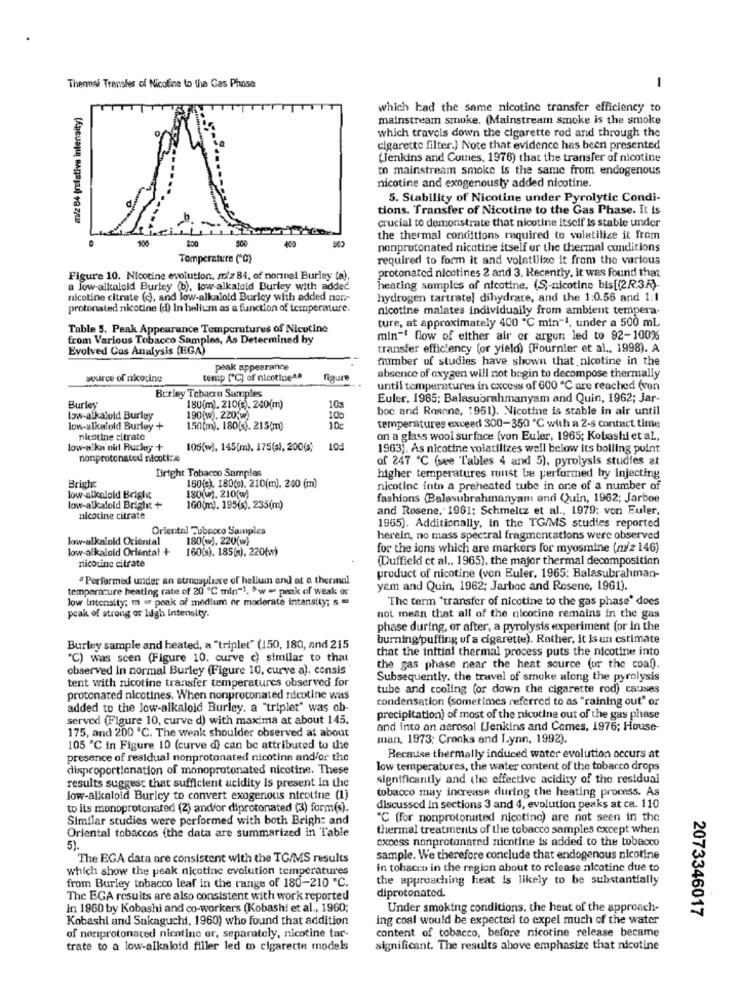
Thermal Transfer of Nicoline to the Gas Phase
-
m/2 84 (relative intensity)
which had the same nicotine transfer efficiency to
mainstream smuke. (Mainstream smoke is the smoke
which travels down the cigarette rod and through the
cigarette filter.) Note that evidence has been presented
(Jenkins and Cuines, 1976) that the transfer of nicotine
to mainstream smoke is the same from endogenous
nicotine and exogenously added nicotine.
5. Stability of Nicotine under Pyrolytic Condi-
tions. Transfer of Nicotine to the Gas Phase. It is
crucial to demonstrate that nicotine itself Is stable under
100
500
the thermal conditions required to volatilize it from
200
400
nonprotonated nicotine itself ur the thermal conditions
Temperature ("℃)
required to form it and volatilize it from the various
protonated nicetines 2 and 3. Recently, it was Found that
Figure 10. Nicotine evolution. m'z 84, of normal Burley (a)
a low-alkaloid Burley (b), low alkaloid Burley with added
heating samples of nicotine, (S ,- nicotine bis[(2R.3R).
nicotine citrate (c), and low-alkalold Burley with added norr
hydrogen tartrate] dihydrate, and the 1:0.56 and 1:1
protonasted nicotine (d) in helium as a function of temperature.
nicotine malates individually from ambient tempera-
ture, at approximately 400 ℃ min"1, under a 500 mL
Table 5, Peak Appearance Temperatures of Nicotine
from Various Tobacco Samples, As Determined by
min"' flow of either air or argon led to 92-100%
Evolved Cas Analysis (EGA)
transfer efficiency (or yield) {Fournier et al ., 1998). A
number of studies have shown that nicotine in the
peak appearance
source of nicotine
temp ["℃) of nicotine".
figure
absence of oxygen will not begin to decompose thermally
Berley Tobacru Samples
until temperatures in excess of 600 ℃ are reached (von
Euler. 1965; Balasubrahmanyam and Quin, 1962; Jar-
Burley
180(m), 210(s). 240(m)
boc and Rosene, 1951). Nicotine is stable in air until
low-alkaloid Burley
190 [w). 220(w)
10b
low-alkalold Burley +
150(m). 180(s). 215(m)
temperatures exceed 300-350 ℃ with a 2-s contact time
nicotine citrate
FOT
on a glass wool surface (von Euler, 1965; Kobashi et al .,
low-alka nid Burley +
105(w), 145(m), 175(s), 200(s)
1963). As nicotine volatilizes well below its boiling point
nonprotonated nicoti: &
of 247 ℃ (see 'Tables 4 and 5), pyrolysis studies at
Bright Tobacco Samples
higher temperatures must be performed by injecting
Bright
180(7).210(w)
150(s). 180(s). 210(m). 240 (m)
nicotine into a preheated tube in one of a number of
low-alkaloid Bright
fashions (Balasubrahmanyam and Quin, 1962; Jarboe
low-alkaloid Bright +
160(m). 195(s). 235(m)
and Rosene, 1961; Schmeltz et al ., 1979; von Euler,
nicotine citrate
Oriental Tobacco Samples
1965). Additionally, in the TG/MS studies reported
low-alkaloid Oriental
180(w), 220(w)
herein, no mass spectral fragmentations were observed
low-alkaloid Oriental +
160(s). 185(s). 220()
for the ions which are markers for myosmine (m/z 146)
(Duffield ct al .. 1965). the major thermal decomposition
nicotine citrate
· Performed under an atmosphere of hellum and at a thermal
product of nicotine (von Euler. 1965: Balasubrahman-
temperature heating rate of 20 ℃ min"1. ºw = prak of weak or
yem and Quin, 1962; Jarbac and Rosene, 1961).
low Intensity; m = peak of medium or moderate intensity; s
The term "transfer of nicotine to the gas phase' does
peak of strong or high Intensity.
not mean that all of the nicotine remains in the gas
phase during, or after, a pyrolysis experiment (or in the
burning/puffing uf a cigarette). Rather, it is an estimate
Burley sample and heated, a "triplet" (150, 180, and 215
that the initial thermal process puts the nicotine into
"℃) was scen (Figure 10. curve c) similar to that
observed In normal Burley (Figure 10, curve a). consis
the gas phase near the heat source (or the coaf).
tent with nicotine transfer temperaturcs observed for
Subsequently. the travel of smoke along the pyrolysis
tube and cooling (or down the cigarette rod) causes
protonated nicotines. When nonprotonated nicotine was
condensation (sometimes referred to as "raining out" or
added to the low-alkaloid Burley, a "triplet" was ab-
served (Figure 10, curve d) with maxima at about 145.
precipitation) of most of the nicotine out of the gas phase
175, and 200 ℃. The weak shoulder observed at about
and into an aerosol (Jenkins and Comes, 1976; House-
man, 1973; Cronks and Lynn, 1992).
105 ℃ in Figure 10 (curve di can be attributed to the
presence of residual nonprotonated nicotine and/or the
Because thermally induced water evolution occurs at
disproportionation of monoprotonated nicotine. These
low temperatures, the water content of the tobacco drops
significantly and the effective acidity of the residual
results suggest that sufficient acidity is present In the
tobacco may increase during the heating process. As
low-alkaloid Burley to convert exogenous nicotine (1)
to its monoprotonated (2) and/or diprotonated (3) form(s).
discussed In sections 3 and 4, evolution peaks at ca. 110
Similar studies were performed with both Brigh: and
"C (for nonprotonated nicotinc) are not seen in the
thermal treatments of the tobacco samples except when
Oriental tobaccos (the data are summarized in Table
excess nonprotonated nicotine is added to the tobacco
5).
The EGA data are consistent with the TG/MS results
sample. We therefore conclude that endogenous nicotine
which show the peak nicotine evolution temperatures
in tobacco in the region about to release nicotine due to
the approaching heat is likely to be substantially
from Burley tobacco leaf In the range of 180-210 ℃.
diprotonated.
The EGA results are also consistent with work reported
in 1960 by Kobashi and co-workers (Kobash! et al ., 1960;
Under smoking conditions, the heat of the approach-
2073346017
Kobashi and Sakaguchi, 1960) who found that addition
ing coal would be expected to expel much of the water
content of tobacco, before nicotine release became
of nonprotonated nicotine or, separately, nicotine tar-
trate to a low-alkaloid filler led to cigarette models
significant. The results above emphasize that nicotine